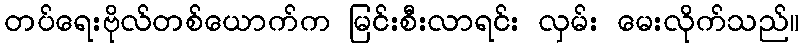
တပ်ရေးဗိုလ်တစ်ယောက်က မြင်းစီးလာရင်း လှမ်း မေးလိုက်သည်။